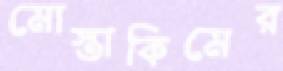
মোস্তাকিমের